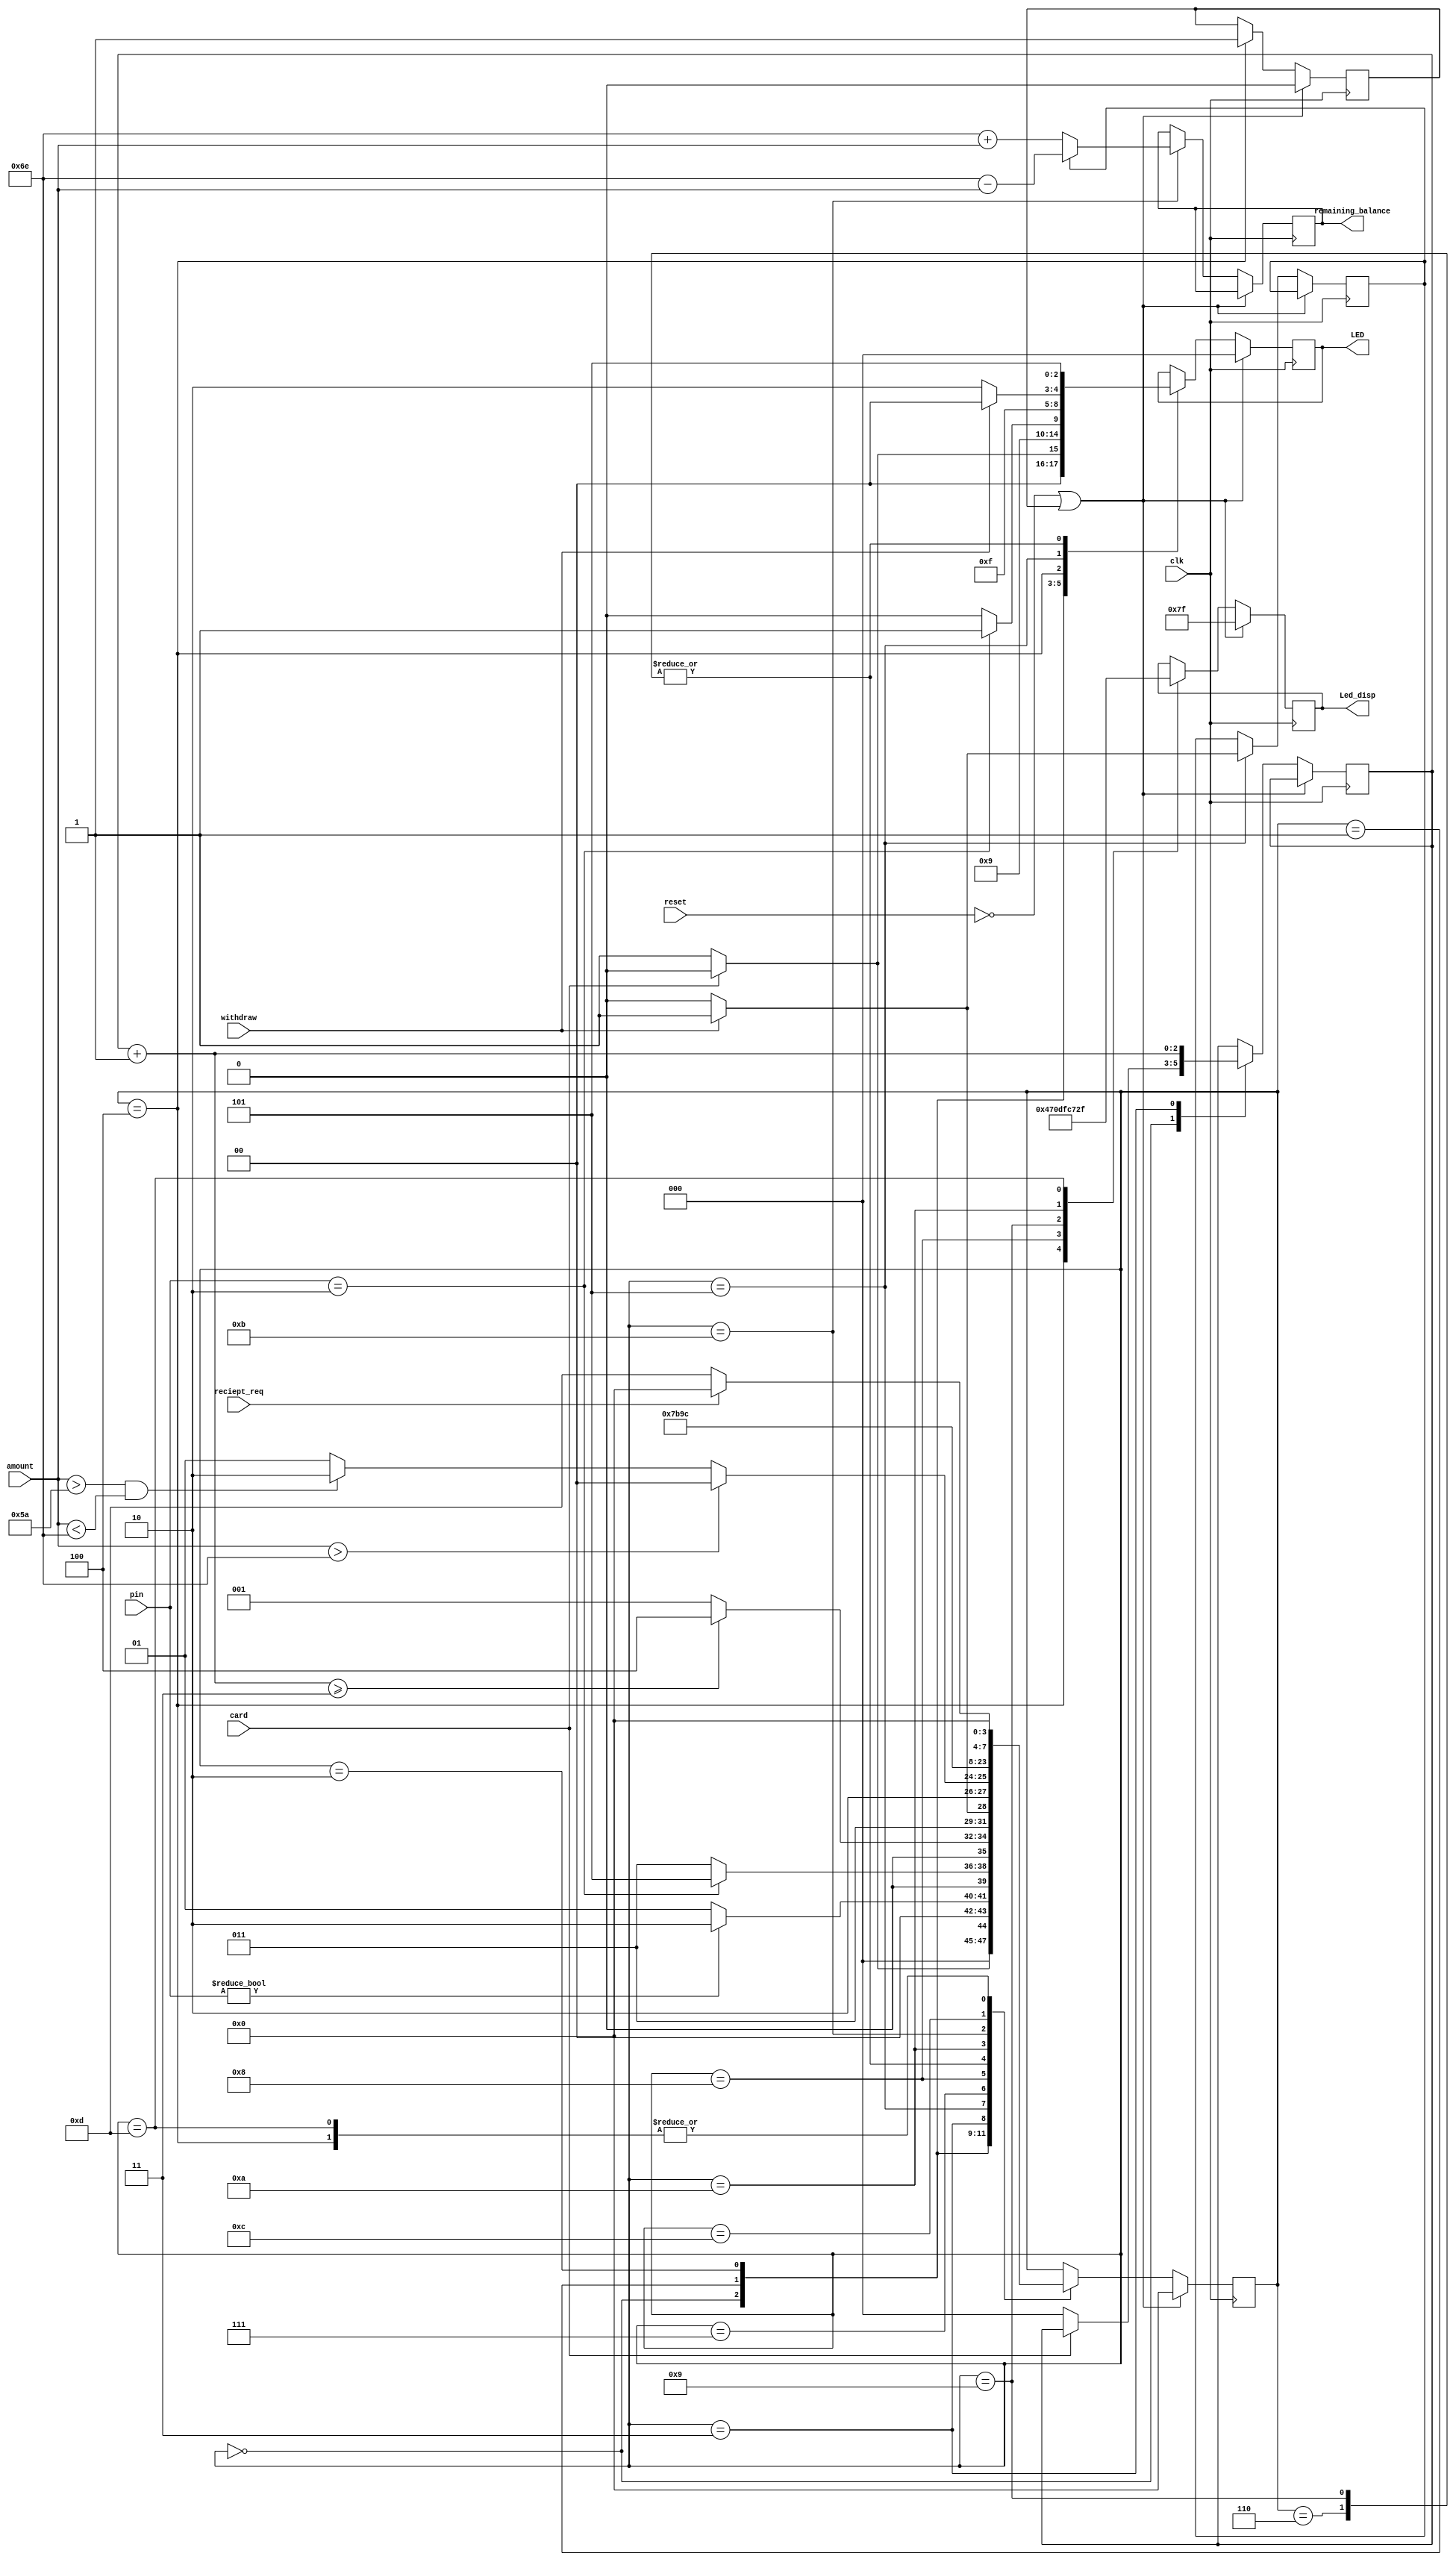


`define threshold 7'd90 
`define balance 7'd110
`define correct_pin 2'b10
`define true 1'b1
`define false 1'b0


module atm6( input clk, 
 input reset, 
 input card,
 input [1:0] pin, 
 input [6:0] amount, 

 input withdraw, 
 input reciept_req,
 output reg [6:0] Led_disp, //Seven segment display
 output reg [6:0] remaining_balance, 
 output reg [2:0]LED//to show output on fpga 
 ); 
 //states 
 parameter [3:0] welcome = 4'b0000; 
 parameter [3:0] card_inserted = 4'b0001; 
 parameter [3:0] pin_entered = 4'b0010; 
 parameter [3:0] invalid_pin = 4'b0011; 
 parameter [3:0] account_lock = 4'b0100; 
 parameter [3:0] withdraw_deposit = 4'b0101; 
 parameter [3:0] deposit = 4'b0110; 
 parameter [3:0] enter_amount = 4'b0111; 
 parameter [3:0] insufficient_funds = 4'b1000; 
 parameter [3:0] withdraw_cash = 4'b1001; 
 parameter [3:0] face_recognition = 4'b1010; 
 parameter [3:0] show_balance = 4'b1011; 
 parameter [3:0] eject_card=4'b1100; 
 parameter [3:0] generate_reciept=4'b1101; 
 reg[3:0] state = welcome; 
 reg [2:0]count;
 reg lock;
 reg w;
 wire clk_1;
 
 
 
 //always block for changing states
 
 always @ (posedge clk)// or reset) 
 begin 
 //$display("Initial count= %d",count);
 if(!reset || lock==1)begin
 lock=`false;
 Led_disp=7'b1111111;
 LED=3'b000;
 state<=welcome;
 end 
 
 else 
 begin 
   
 case(state) 
   
 welcome: 
 begin 
 $display("please insert your card(enter card number)"); 
 if(card) 
 begin 
 LED=3'b000;
 state=welcome; 
 $display("error in getting card number try again");
 end 
 else
 begin
 LED=3'b001;//to display on fpga
 count=3'b0;
 state<=card_inserted;
 end
 end   
   
 card_inserted:
 begin 
 $display("please enter the pin");
 LED=3'b010;
 //$display("correct pin %b",pin_database[acc]);//for testing-remove later 
 if(pin) 
 state<=pin_entered;
 else
 state<=card_inserted; 
 end
  
 pin_entered: 
 begin 
 if(pin==`correct_pin)
 begin 
 $display("pin was entered succesfully");
 LED=3'b011; 
 state<=withdraw_deposit; 
 end  
 else
 begin
 $display("pin entered was invalid please try again");
 LED=3'b010; 
 //$display("%d",count);
 state<=invalid_pin; 
 end
 end  
   
 invalid_pin: 
 begin
 count=count+1'b1; 
 $display("pin error try %d",count);
 if(count>=3) 
 state<=account_lock; 
 else     
 state<=card_inserted;  
 end
   
 account_lock:
 begin
 $display("your account is locked for the next 24hours");
 lock=`true;
 LED=3'b111;
 Led_disp=7'b1000111;//Display 'L' 
 state<=welcome; 
 end
   
 withdraw_deposit:
 begin
 $display("do you want to withdraw or deposit the money?"); 
 if(withdraw)begin //need to press simultaneously- checking required
 LED=3'b100;
 w=`true;
 state<=enter_amount;
 end 
 else if(!withdraw) begin
 LED=3'b110;
 w=`false;
 state<=deposit;
 end
 else
 state<=withdraw_deposit; 
 end
 
 deposit:
 begin
 $display("enter the amount to be deposited");
 
 LED=3'b101;
 $display("the money was deposited succesfully"); 
 state<=show_balance;
 end
   
 enter_amount: 
 begin 
 $display("enter the amount to be withdrawn"); 
  
 if(amount>`balance) 
 state<=insufficient_funds; 
 else if(amount >`threshold && amount<`balance) 
 state<=face_recognition;//face recognition
 else 
 state<=withdraw_cash; 
 
 end
   
 insufficient_funds:
 begin
 $display("not enough balance!try again");
 Led_disp=7'b0000110; //Display 'E'
 state<=enter_amount; 
 end
 
 withdraw_cash:
  begin 
 $display("the cash was withdrawn succesfully"); 
 LED=3'b101;
 Led_disp=7'b1111111; 
 state<=show_balance; 
  end
   
 face_recognition:
 begin
   $display("the entered amount is greater than 90 face recognition will be performed");
    Led_disp=7'b0001110;	//Display 'F'
 state<=withdraw_cash;
 end
   
 show_balance:
 begin
 $display("the old balance was %d",`balance);
 if(w)begin
 remaining_balance=(`balance)-amount;
 $display("the balance now is %d",remaining_balance);
 end 
 else begin
 remaining_balance=(`balance)+amount;
 $display("the balance now is %d",remaining_balance);
 end
 state<=eject_card; 
 end
   
 eject_card: 
 begin 
 $display("the card is ejected"); 
 if(!reciept_req) 
 state<=generate_reciept; 
 else 
 state<=welcome; 
  end
   
 generate_reciept:
 begin
 $display("reciept"); 
 Led_disp=7'b0101111; 
 if(w) begin
 $display("the total amount withdrawn:%d",amount); 
 $display("the total balance left is:%d",remaining_balance);
 end
 else begin
 $display("the total amount deposited:%d",amount); 
 $display("the total balance left is:%d",remaining_balance); 
 end
 state<=welcome; 
 end
 endcase 
 end 
 end 
endmodule